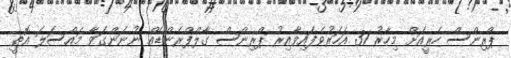
ޕްރިންސް ހެރީއަށް މިހާރު 31 އަހަރުވެފައިވާއިރު ޕްރިންސް ގާލްފްރެންޑެއް ނުނަންގަވާ މައްސަލަ އޮތީ